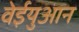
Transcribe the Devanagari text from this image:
वेईयुआन